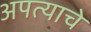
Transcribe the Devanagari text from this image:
अपत्याचे